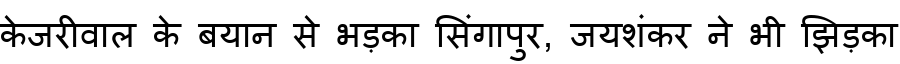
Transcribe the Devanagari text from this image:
केजरीवाल के बयान से भड़का सिंगापुर, जयशंकर ने भी झिड़का